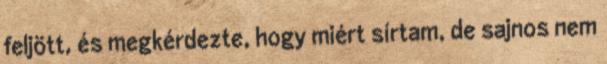
feljött, és megkérdezte, hogy miért sírtam, de sajnos nem